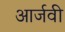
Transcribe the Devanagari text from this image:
आर्जवी